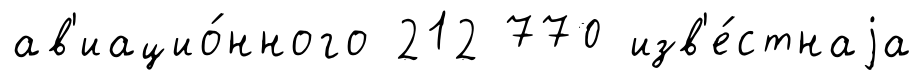
ав'иацио́нного 212 770 изв'е́стнаjа